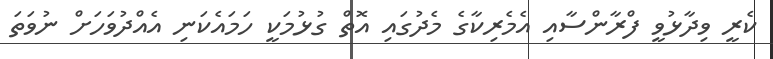
ކެރީ ވިދާޅުވީ ފްރާންސާއި އެމެރިކާގެ މެދުގައި އޮތް ގުޅުމަކީ ހަމައެކަނި އެއްދުވަހަށް ނުވަތަ